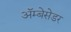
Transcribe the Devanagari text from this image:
अॅम्बेसेडर